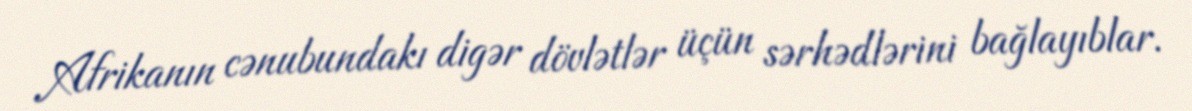
Afrikanın cənubundakı digər dövlətlər üçün sərhədlərini bağlayıblar.